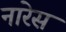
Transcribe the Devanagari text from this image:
नारेस